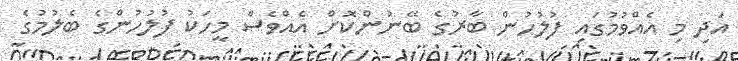
އަދި މި އެއްވުމުގައި ފުލުހުން ބާރުގެ ބޭނުންކޮށް އެއްވެސް މީހަކު ފުލުހުންގެ ބެލުމުގެ